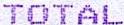
TOTAL